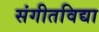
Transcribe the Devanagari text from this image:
संगीतविद्या